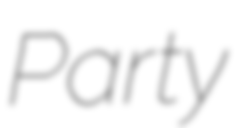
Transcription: Party